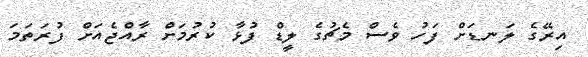
އިރޭގެ ލަނޑަށް ފަހު ވެސް މެޗުގެ ލީޑް ފުޅާ ކުރުމަށް ރާއްޖެއަށް ފުރަތަމަ